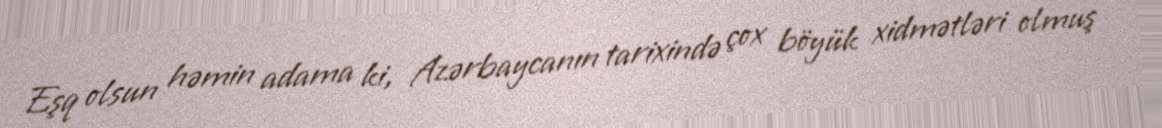
Eşq olsun həmin adama ki, Azərbaycanın tarixində çox böyük xidmətləri olmuş